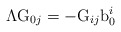
\begin{align*}\mathrm{\Lambda G}_{0j}=-\mathrm{G}_{ij}\mathrm{b}_{0}^{i}\end{align*}